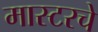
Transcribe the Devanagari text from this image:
मास्टरचे